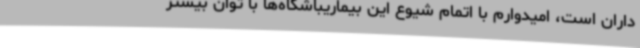
داران است، امیدوارم با اتمام شیوع این بیماریباشگاه‌ها با توان بیشتر